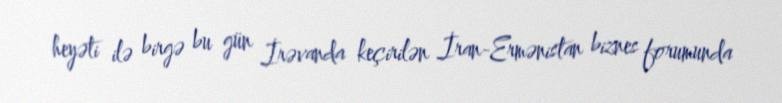
heyəti ilə birgə bu gün İrəvanda keçirilən İran-Ermənistan biznes forumunda